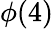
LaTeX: \phi(4)